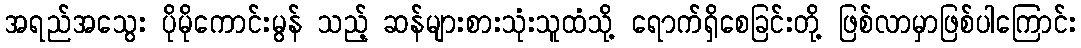
အရည်အသွေး ပိုမိုကောင်းမွန် သည့် ဆန်များစားသုံးသူထံသို့ ရောက်ရှိစေခြင်းတို့ ဖြစ်လာမှာဖြစ်ပါကြောင်း